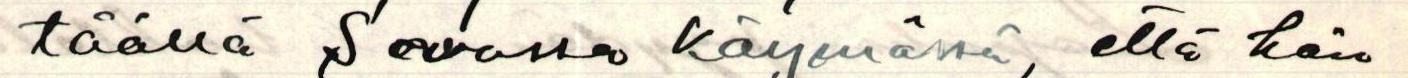
täällä Savossa käymässä, että hän